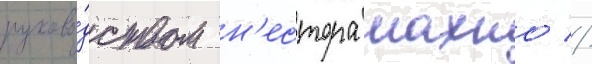
руково́дством н'естора махно //